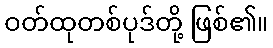
ဝတ်ထုတစ်ပုဒ်တို့ ဖြစ်၏။